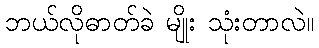
ဘယ်လိုဓာတ်ခဲ မျိုး သုံးတာလဲ။